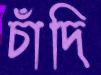
চাঁদি